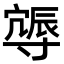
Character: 𨑈